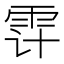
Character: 𲉲